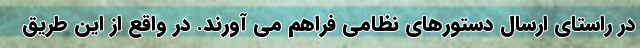
در راستای ارسال دستورهای نظامی فراهم می آورند. در واقع از این طریق